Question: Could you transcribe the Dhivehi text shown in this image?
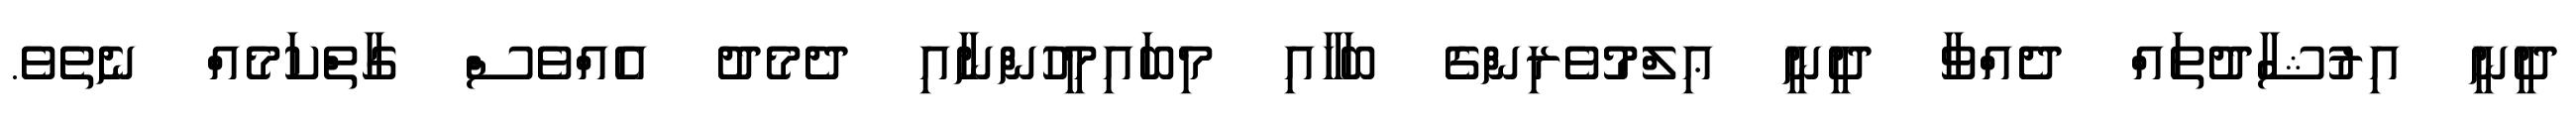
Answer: ދީނީ އިރުޝާދުތައް ދެއްވާ ދީނީ ޢިލްމުވެރިންގެ ބަހާއި މިބައިމީހުންނާއި ދެމެދު އެއްވެސް ގާތްކަމެއް ނެތެވެ.